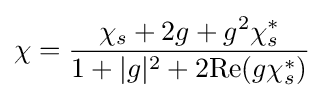
\chi ={\frac {\chi _{s}+2g+g^{2}\chi _{s}^{*}}{1+|g|^{2}+2\mathrm {Re} (g\chi _{s}^{*})}}